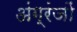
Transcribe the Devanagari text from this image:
अंग्रंजों